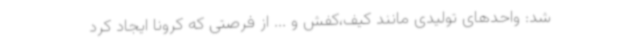
شد: واحدهای تولیدی مانند کیف،کفش و ... از فرصتی که کرونا ایجاد کرد